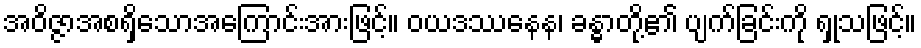
အဝိဇ္ဇာအစရှိသောအကြောင်းအားဖြင့်။ ဝယဒဿနေန၊ ခန္ဓာတို့၏ ပျက်ခြင်းကို ရှုသဖြင့်။